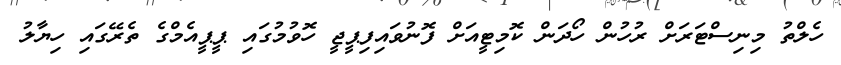
ހެލްތު މިނިސްޓަރަށް ރުހުން ހޯދަން ކޮމިޓީއަށް ފޮނުވައިފިޕީޖީ ހޮވުމުގައި ޕީޕީއެމްގެ ތެރޭގައި ހިޔާލު